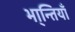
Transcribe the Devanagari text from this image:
भा्न्तियाँ